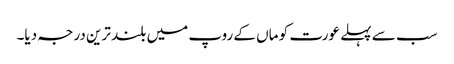
سب سے پہلے عورت کو ماں کے روپ میں بلند ترین درجہ دیا۔